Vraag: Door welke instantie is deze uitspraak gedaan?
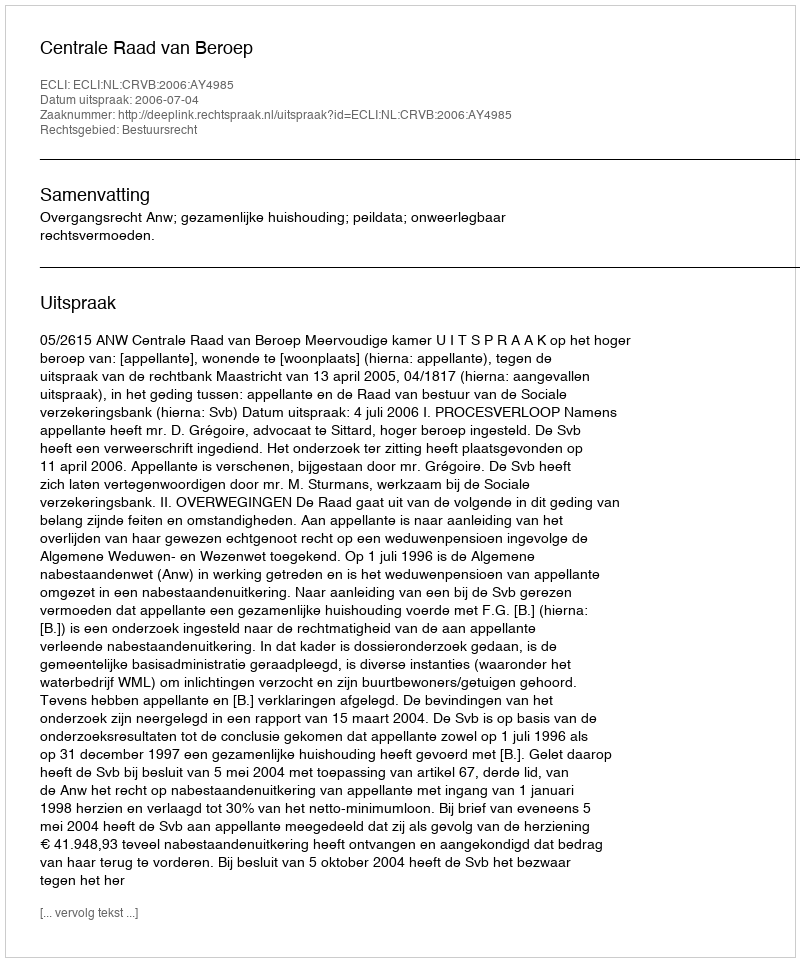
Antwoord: Centrale Raad van Beroep